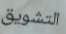
التشويق